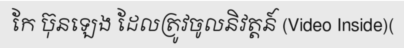
កែ ប៊ុនឡេង ដែលត្រូវចូលនិវត្តន៍ (Video Inside)(